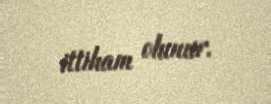
ittiham olunur.